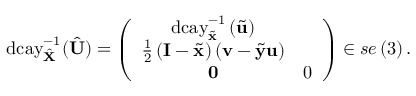
\mathrm { d c a y } _ { \hat { \mathbf { X } } } ^ { - 1 } ( \hat { \mathbf { U } } ) = \left( \begin{array} { c c } { \mathrm { d c a y } _ { \tilde { \mathbf { x } } } ^ { - 1 } \left( \tilde { \mathbf { u } } \right) } & \\ { \frac { 1 } { 2 } \left( \mathbf { I } - \tilde { \mathbf { x } } \right) \left( \mathbf { v } - \tilde { \mathbf { y } } \mathbf { u } \right) } \\ { \mathbf { 0 } } & { 0 } \end{array} \right) \in s e \left( 3 \right) .